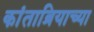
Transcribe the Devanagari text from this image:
कांताब्रियाच्या